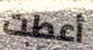
أعطت